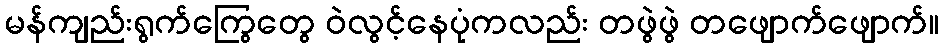
မန်ကျည်းရွက်ကြွေတွေ ဝဲလွင့်နေပုံကလည်း တဖွဲဖွဲ တဖျောက်ဖျောက်။